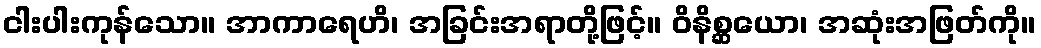
ငါးပါးကုန်သော။ အာကာရေဟိ၊ အခြင်းအရာတို့ဖြင့်။ ဝိနိစ္ဆယော၊ အဆုံးအဖြတ်ကို။